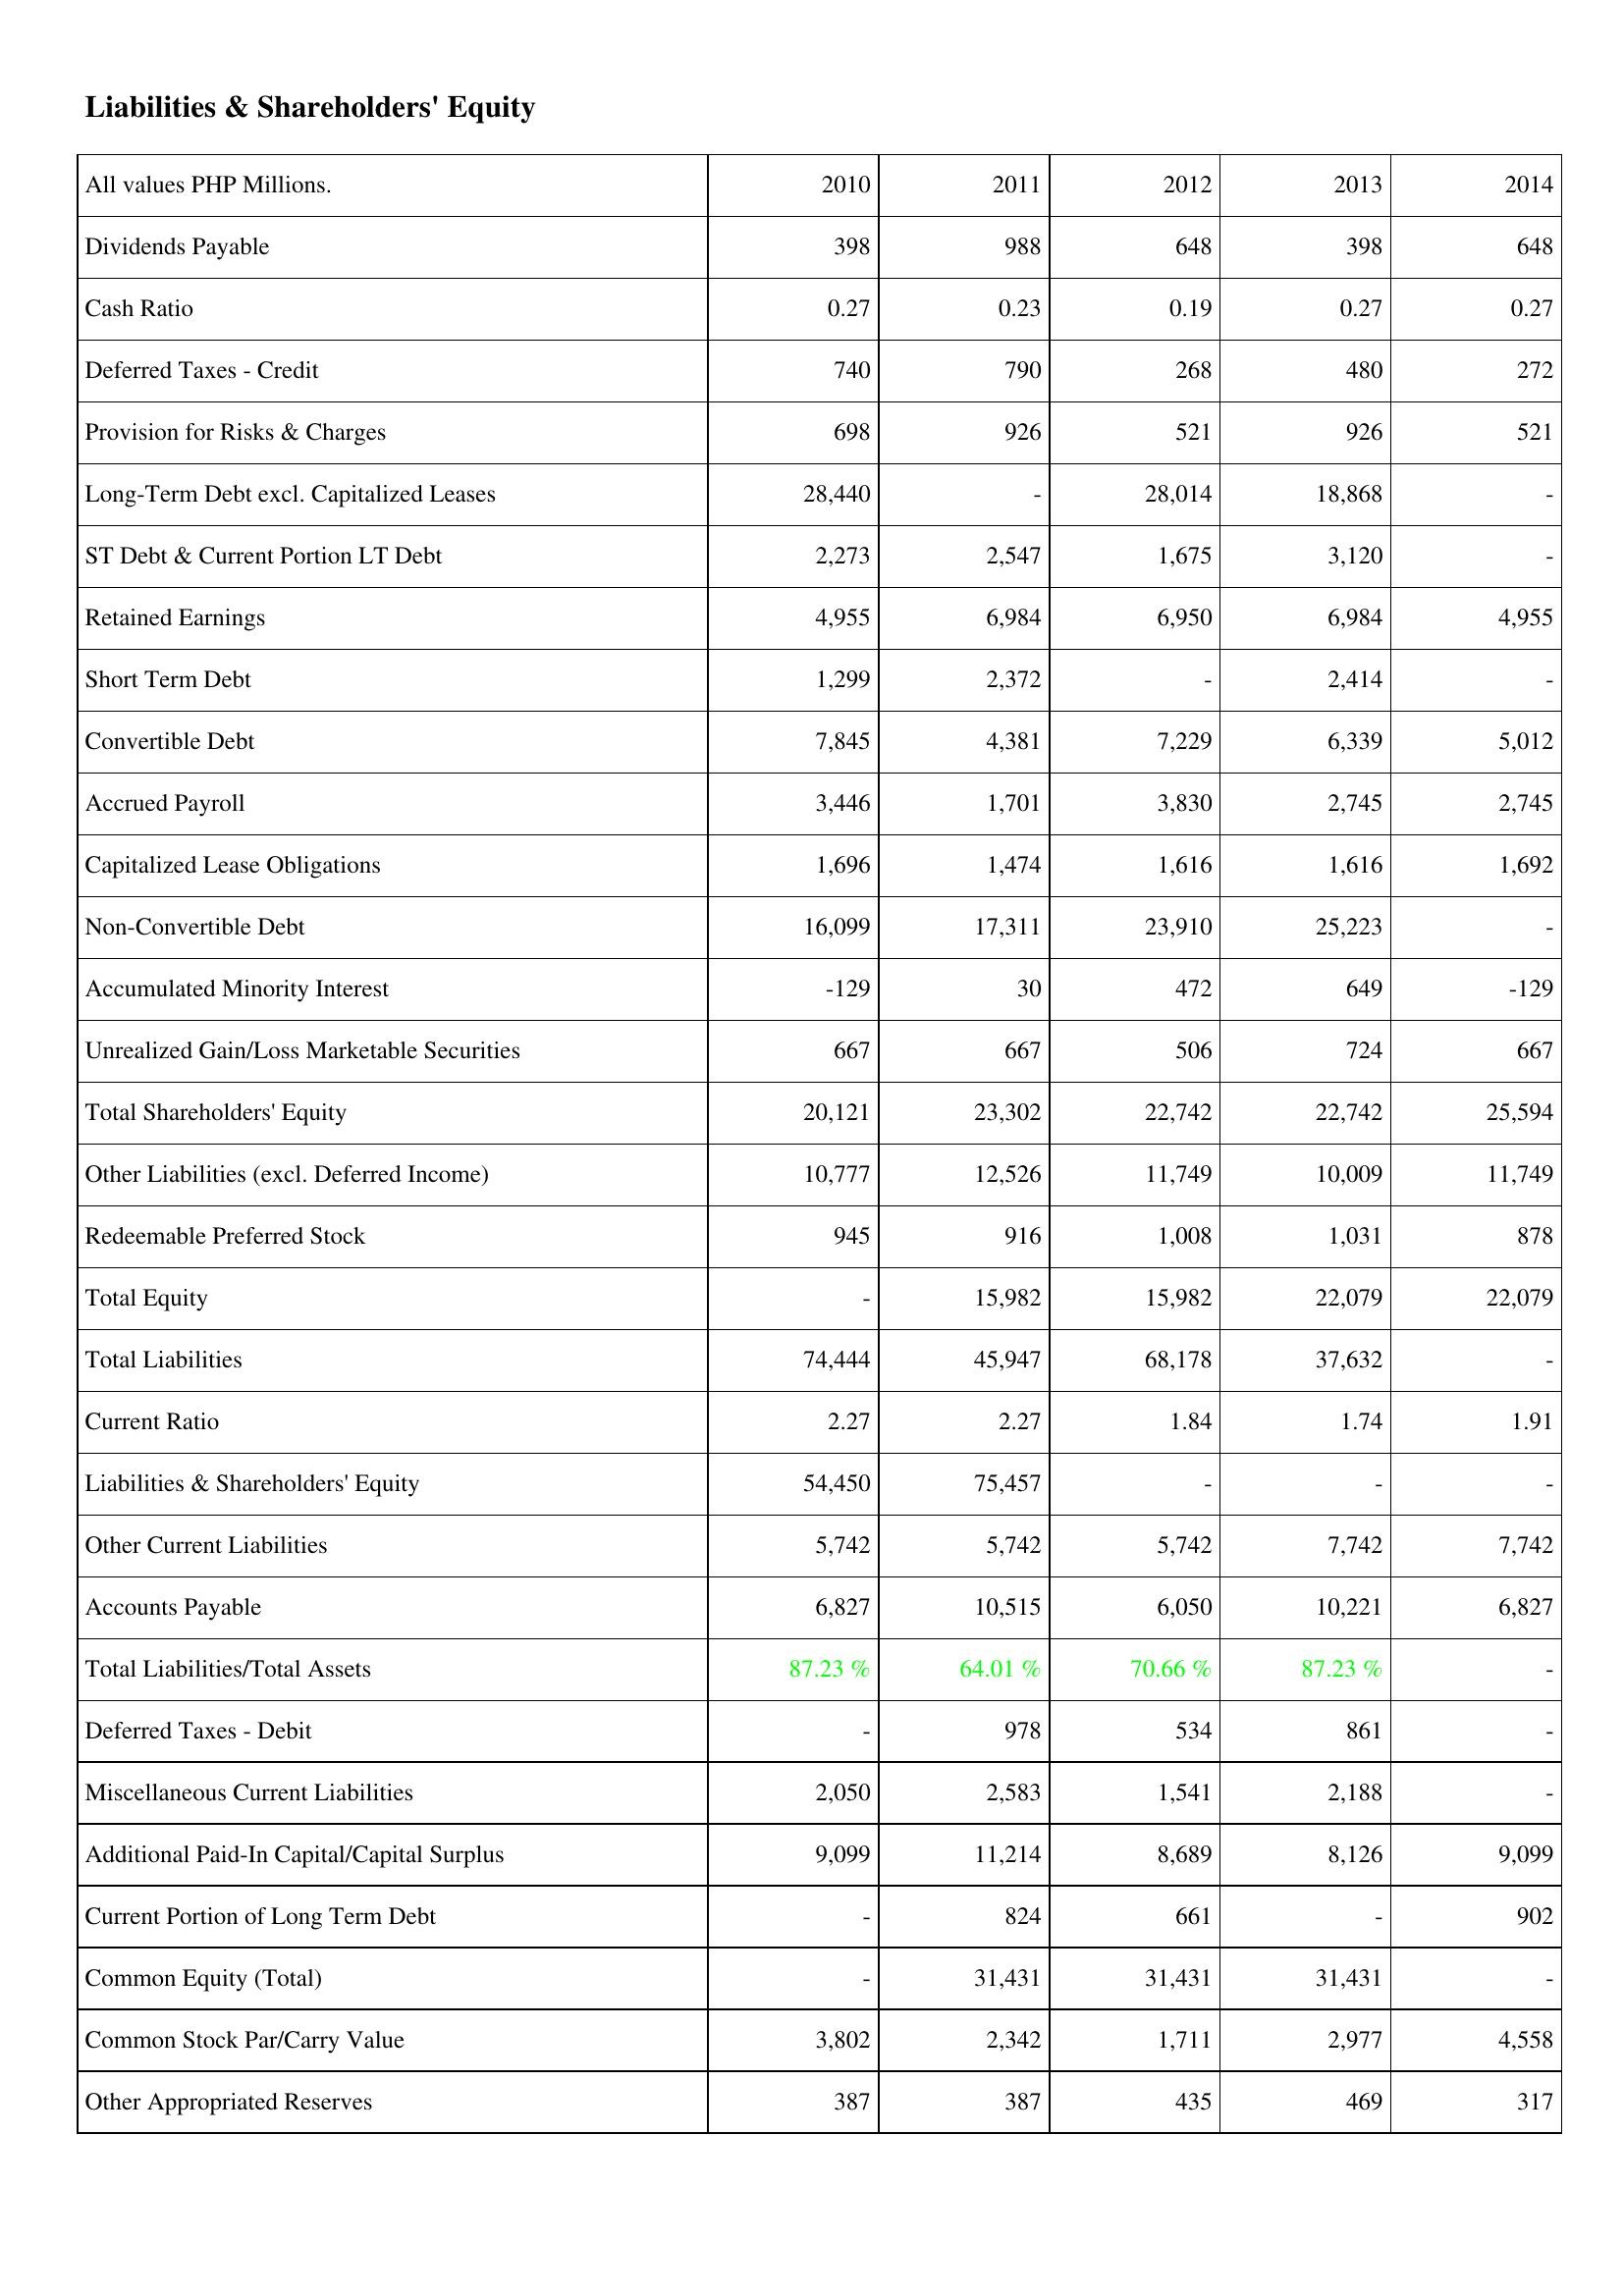
2010: Liabilities & Shareholders' Equity: Dividends Payable: 398
Cash Ratio: 0.27
Deferred Taxes - Credit: 740
Provision for Risks & Charges: 698
Long-Term Debt excl. Capitalized Leases: 28,440
ST Debt & Current Portion LT Debt: 2,273
Retained Earnings: 4,955
Short Term Debt: 1,299
Convertible Debt: 7,845
Accrued Payroll: 3,446
Capitalized Lease Obligations: 1,696
Non-Convertible Debt: 16,099
Accumulated Minority Interest: -129
Unrealized Gain/Loss Marketable Securities: 667
Total Shareholders' Equity: 20,121
Other Liabilities (excl. Deferred Income): 10,777
Redeemable Preferred Stock: 945
Total Equity: -
Total Liabilities: 74,444
Current Ratio: 2.27
Liabilities & Shareholders' Equity: 54,450
Other Current Liabilities: 5,742
Accounts Payable: 6,827
Total Liabilities/Total Assets: 87.23 %
Deferred Taxes - Debit: -
Miscellaneous Current Liabilities: 2,050
Additional Paid-In Capital/Capital Surplus: 9,099
Current Portion of Long Term Debt: -
Common Equity (Total): -
Common Stock Par/Carry Value: 3,802
Other Appropriated Reserves: 387
2011: Liabilities & Shareholders' Equity: Dividends Payable: 988
Cash Ratio: 0.23
Deferred Taxes - Credit: 790
Provision for Risks & Charges: 926
Long-Term Debt excl. Capitalized Leases: -
ST Debt & Current Portion LT Debt: 2,547
Retained Earnings: 6,984
Short Term Debt: 2,372
Convertible Debt: 4,381
Accrued Payroll: 1,701
Capitalized Lease Obligations: 1,474
Non-Convertible Debt: 17,311
Accumulated Minority Interest: 30
Unrealized Gain/Loss Marketable Securities: 667
Total Shareholders' Equity: 23,302
Other Liabilities (excl. Deferred Income): 12,526
Redeemable Preferred Stock: 916
Total Equity: 15,982
Total Liabilities: 45,947
Current Ratio: 2.27
Liabilities & Shareholders' Equity: 75,457
Other Current Liabilities: 5,742
Accounts Payable: 10,515
Total Liabilities/Total Assets: 64.01 %
Deferred Taxes - Debit: 978
Miscellaneous Current Liabilities: 2,583
Additional Paid-In Capital/Capital Surplus: 11,214
Current Portion of Long Term Debt: 824
Common Equity (Total): 31,431
Common Stock Par/Carry Value: 2,342
Other Appropriated Reserves: 387
2012: Liabilities & Shareholders' Equity: Dividends Payable: 648
Cash Ratio: 0.19
Deferred Taxes - Credit: 268
Provision for Risks & Charges: 521
Long-Term Debt excl. Capitalized Leases: 28,014
ST Debt & Current Portion LT Debt: 1,675
Retained Earnings: 6,950
Short Term Debt: -
Convertible Debt: 7,229
Accrued Payroll: 3,830
Capitalized Lease Obligations: 1,616
Non-Convertible Debt: 23,910
Accumulated Minority Interest: 472
Unrealized Gain/Loss Marketable Securities: 506
Total Shareholders' Equity: 22,742
Other Liabilities (excl. Deferred Income): 11,749
Redeemable Preferred Stock: 1,008
Total Equity: 15,982
Total Liabilities: 68,178
Current Ratio: 1.84
Liabilities & Shareholders' Equity: -
Other Current Liabilities: 5,742
Accounts Payable: 6,050
Total Liabilities/Total Assets: 70.66 %
Deferred Taxes - Debit: 534
Miscellaneous Current Liabilities: 1,541
Additional Paid-In Capital/Capital Surplus: 8,689
Current Portion of Long Term Debt: 661
Common Equity (Total): 31,431
Common Stock Par/Carry Value: 1,711
Other Appropriated Reserves: 435
2013: Liabilities & Shareholders' Equity: Dividends Payable: 398
Cash Ratio: 0.27
Deferred Taxes - Credit: 480
Provision for Risks & Charges: 926
Long-Term Debt excl. Capitalized Leases: 18,868
ST Debt & Current Portion LT Debt: 3,120
Retained Earnings: 6,984
Short Term Debt: 2,414
Convertible Debt: 6,339
Accrued Payroll: 2,745
Capitalized Lease Obligations: 1,616
Non-Convertible Debt: 25,223
Accumulated Minority Interest: 649
Unrealized Gain/Loss Marketable Securities: 724
Total Shareholders' Equity: 22,742
Other Liabilities (excl. Deferred Income): 10,009
Redeemable Preferred Stock: 1,031
Total Equity: 22,079
Total Liabilities: 37,632
Current Ratio: 1.74
Liabilities & Shareholders' Equity: -
Other Current Liabilities: 7,742
Accounts Payable: 10,221
Total Liabilities/Total Assets: 87.23 %
Deferred Taxes - Debit: 861
Miscellaneous Current Liabilities: 2,188
Additional Paid-In Capital/Capital Surplus: 8,126
Current Portion of Long Term Debt: -
Common Equity (Total): 31,431
Common Stock Par/Carry Value: 2,977
Other Appropriated Reserves: 469
2014: Liabilities & Shareholders' Equity: Dividends Payable: 648
Cash Ratio: 0.27
Deferred Taxes - Credit: 272
Provision for Risks & Charges: 521
Long-Term Debt excl. Capitalized Leases: -
ST Debt & Current Portion LT Debt: -
Retained Earnings: 4,955
Short Term Debt: -
Convertible Debt: 5,012
Accrued Payroll: 2,745
Capitalized Lease Obligations: 1,692
Non-Convertible Debt: -
Accumulated Minority Interest: -129
Unrealized Gain/Loss Marketable Securities: 667
Total Shareholders' Equity: 25,594
Other Liabilities (excl. Deferred Income): 11,749
Redeemable Preferred Stock: 878
Total Equity: 22,079
Total Liabilities: -
Current Ratio: 1.91
Liabilities & Shareholders' Equity: -
Other Current Liabilities: 7,742
Accounts Payable: 6,827
Total Liabilities/Total Assets: -
Deferred Taxes - Debit: -
Miscellaneous Current Liabilities: -
Additional Paid-In Capital/Capital Surplus: 9,099
Current Portion of Long Term Debt: 902
Common Equity (Total): -
Common Stock Par/Carry Value: 4,558
Other Appropriated Reserves: 317